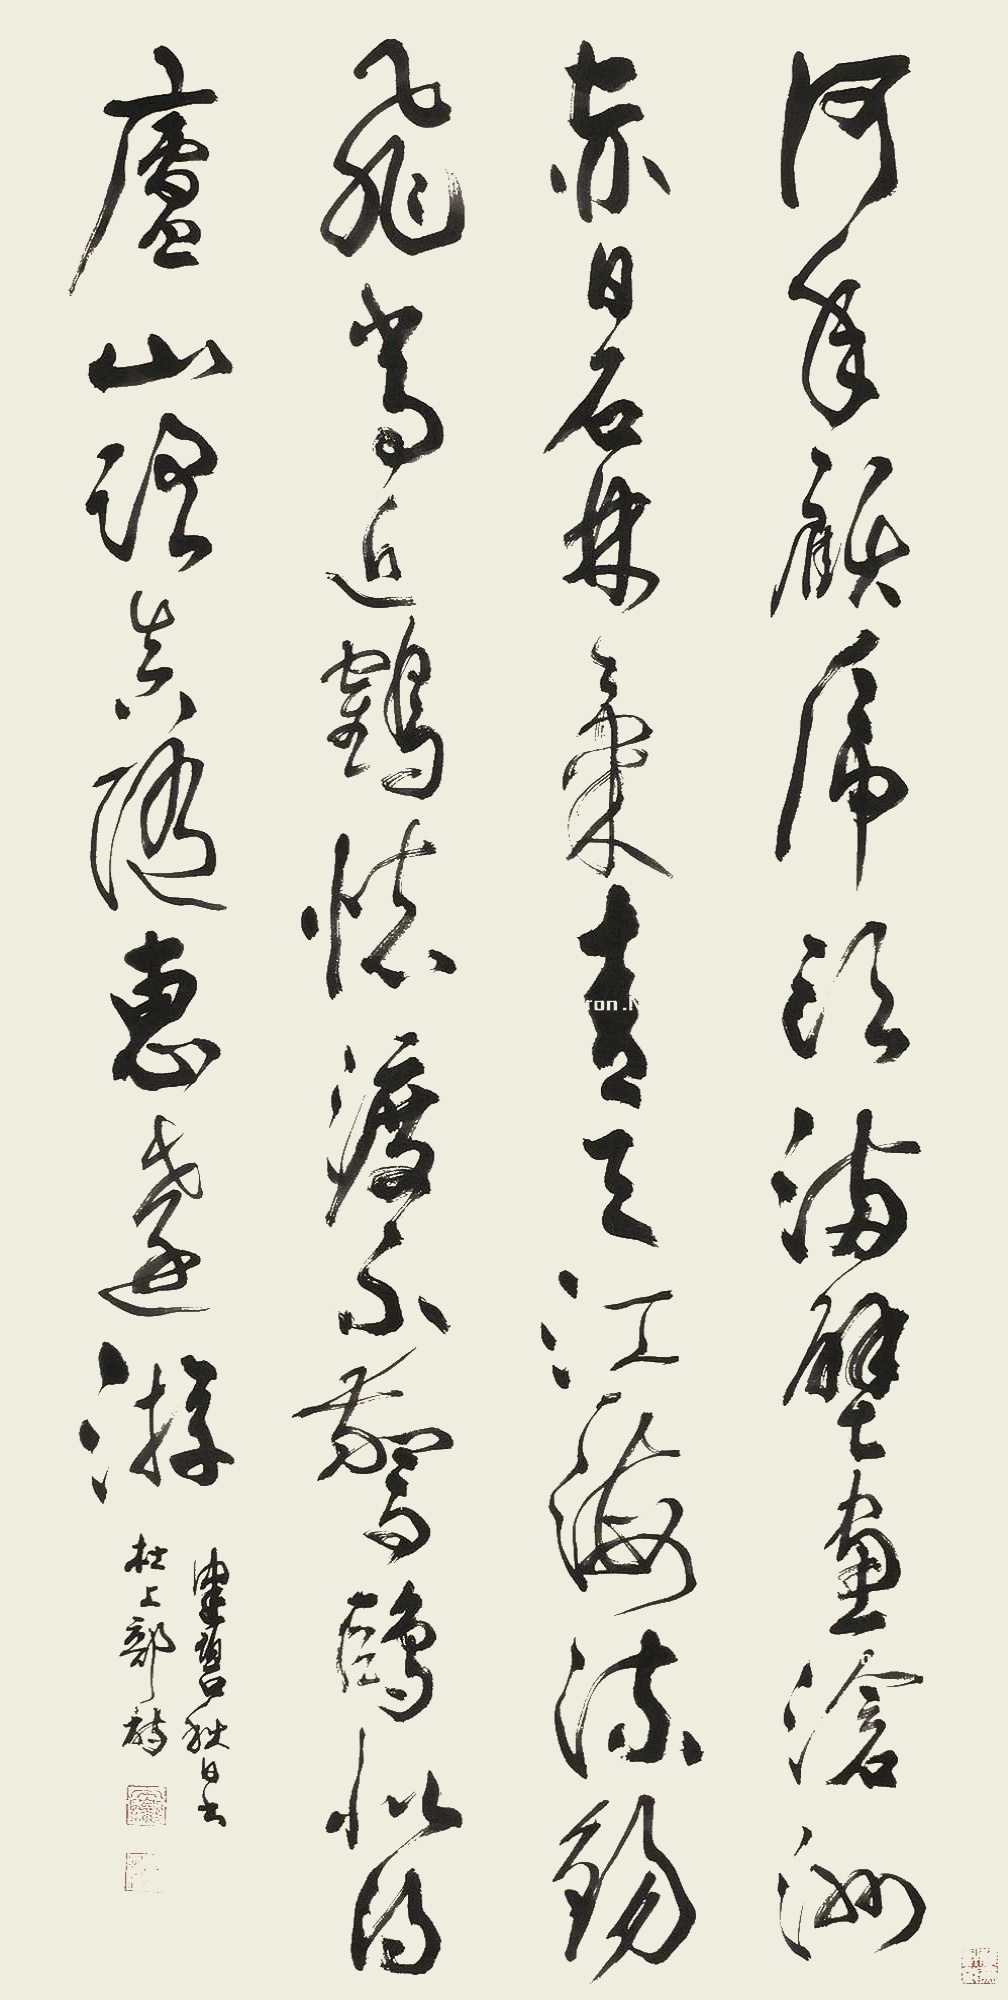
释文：何年顾虎头，满壁画沧洲。赤日石林气，青天江海流。锡飞常近鹤，怀渡不惊鸥。似得庐山路，真随惠远游。健碧秋日书杜上部诗。